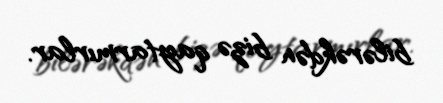
bilərəkdən bizə qaytarmırlar.